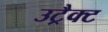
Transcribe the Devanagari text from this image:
उट्रैक्ट